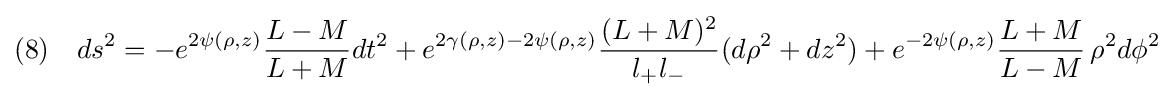
(8)\quad ds^{2}=-e^{2\psi (\rho ,z)}{\frac {L-M}{L+M}}dt^{2}+e^{2\gamma (\rho ,z)-2\psi (\rho ,z)}{\frac {(L+M)^{2}}{l_{+}l_{-}}}(d\rho ^{2}+dz^{2})+e^{-2\psi (\rho ,z)}{\frac {L+M}{L-M}}\,\rho ^{2}d\phi ^{2}